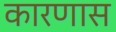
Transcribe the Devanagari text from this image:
कारणास